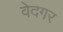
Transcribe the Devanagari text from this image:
वेदगर